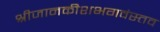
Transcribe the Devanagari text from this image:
श्रीजानकीशभगवंस्तव